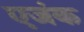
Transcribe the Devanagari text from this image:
एजंक